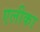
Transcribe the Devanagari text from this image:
एलीका